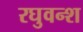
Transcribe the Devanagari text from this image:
रघुवन्श